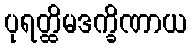
ပုရတ္ထိမဒက္ခိဏာယ